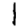
Digit: 1